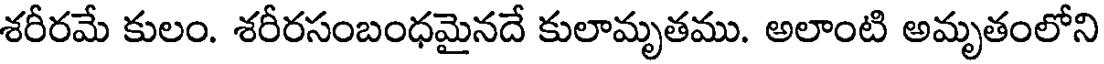
శరీరమే కులం. శరీరసంబంధమైనదే కులామృతము. అలాంటి అమృతంలోని